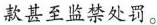
款甚至监禁处罚